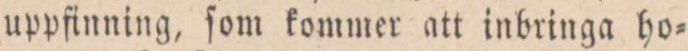
uppfinning, ſom kommer att inbringa ho=